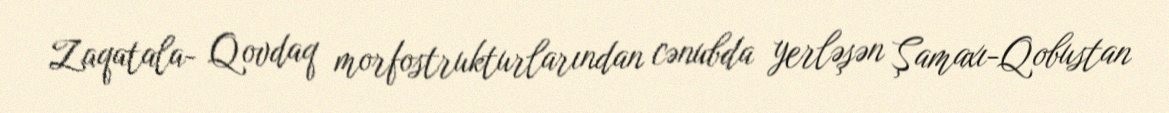
Zaqatala- Qovdaq morfostrukturlarından cənubda yerləşən Şamaxı-Qobustan